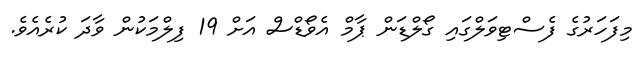
މިފަހަރުގެ ފެސްޓިވަލްގައި ގޯލްޑަން ޕާމް އެވޯޑްސް އަށް 19 ފިލްމަކުން ވާދަ ކުރެއެވެ.